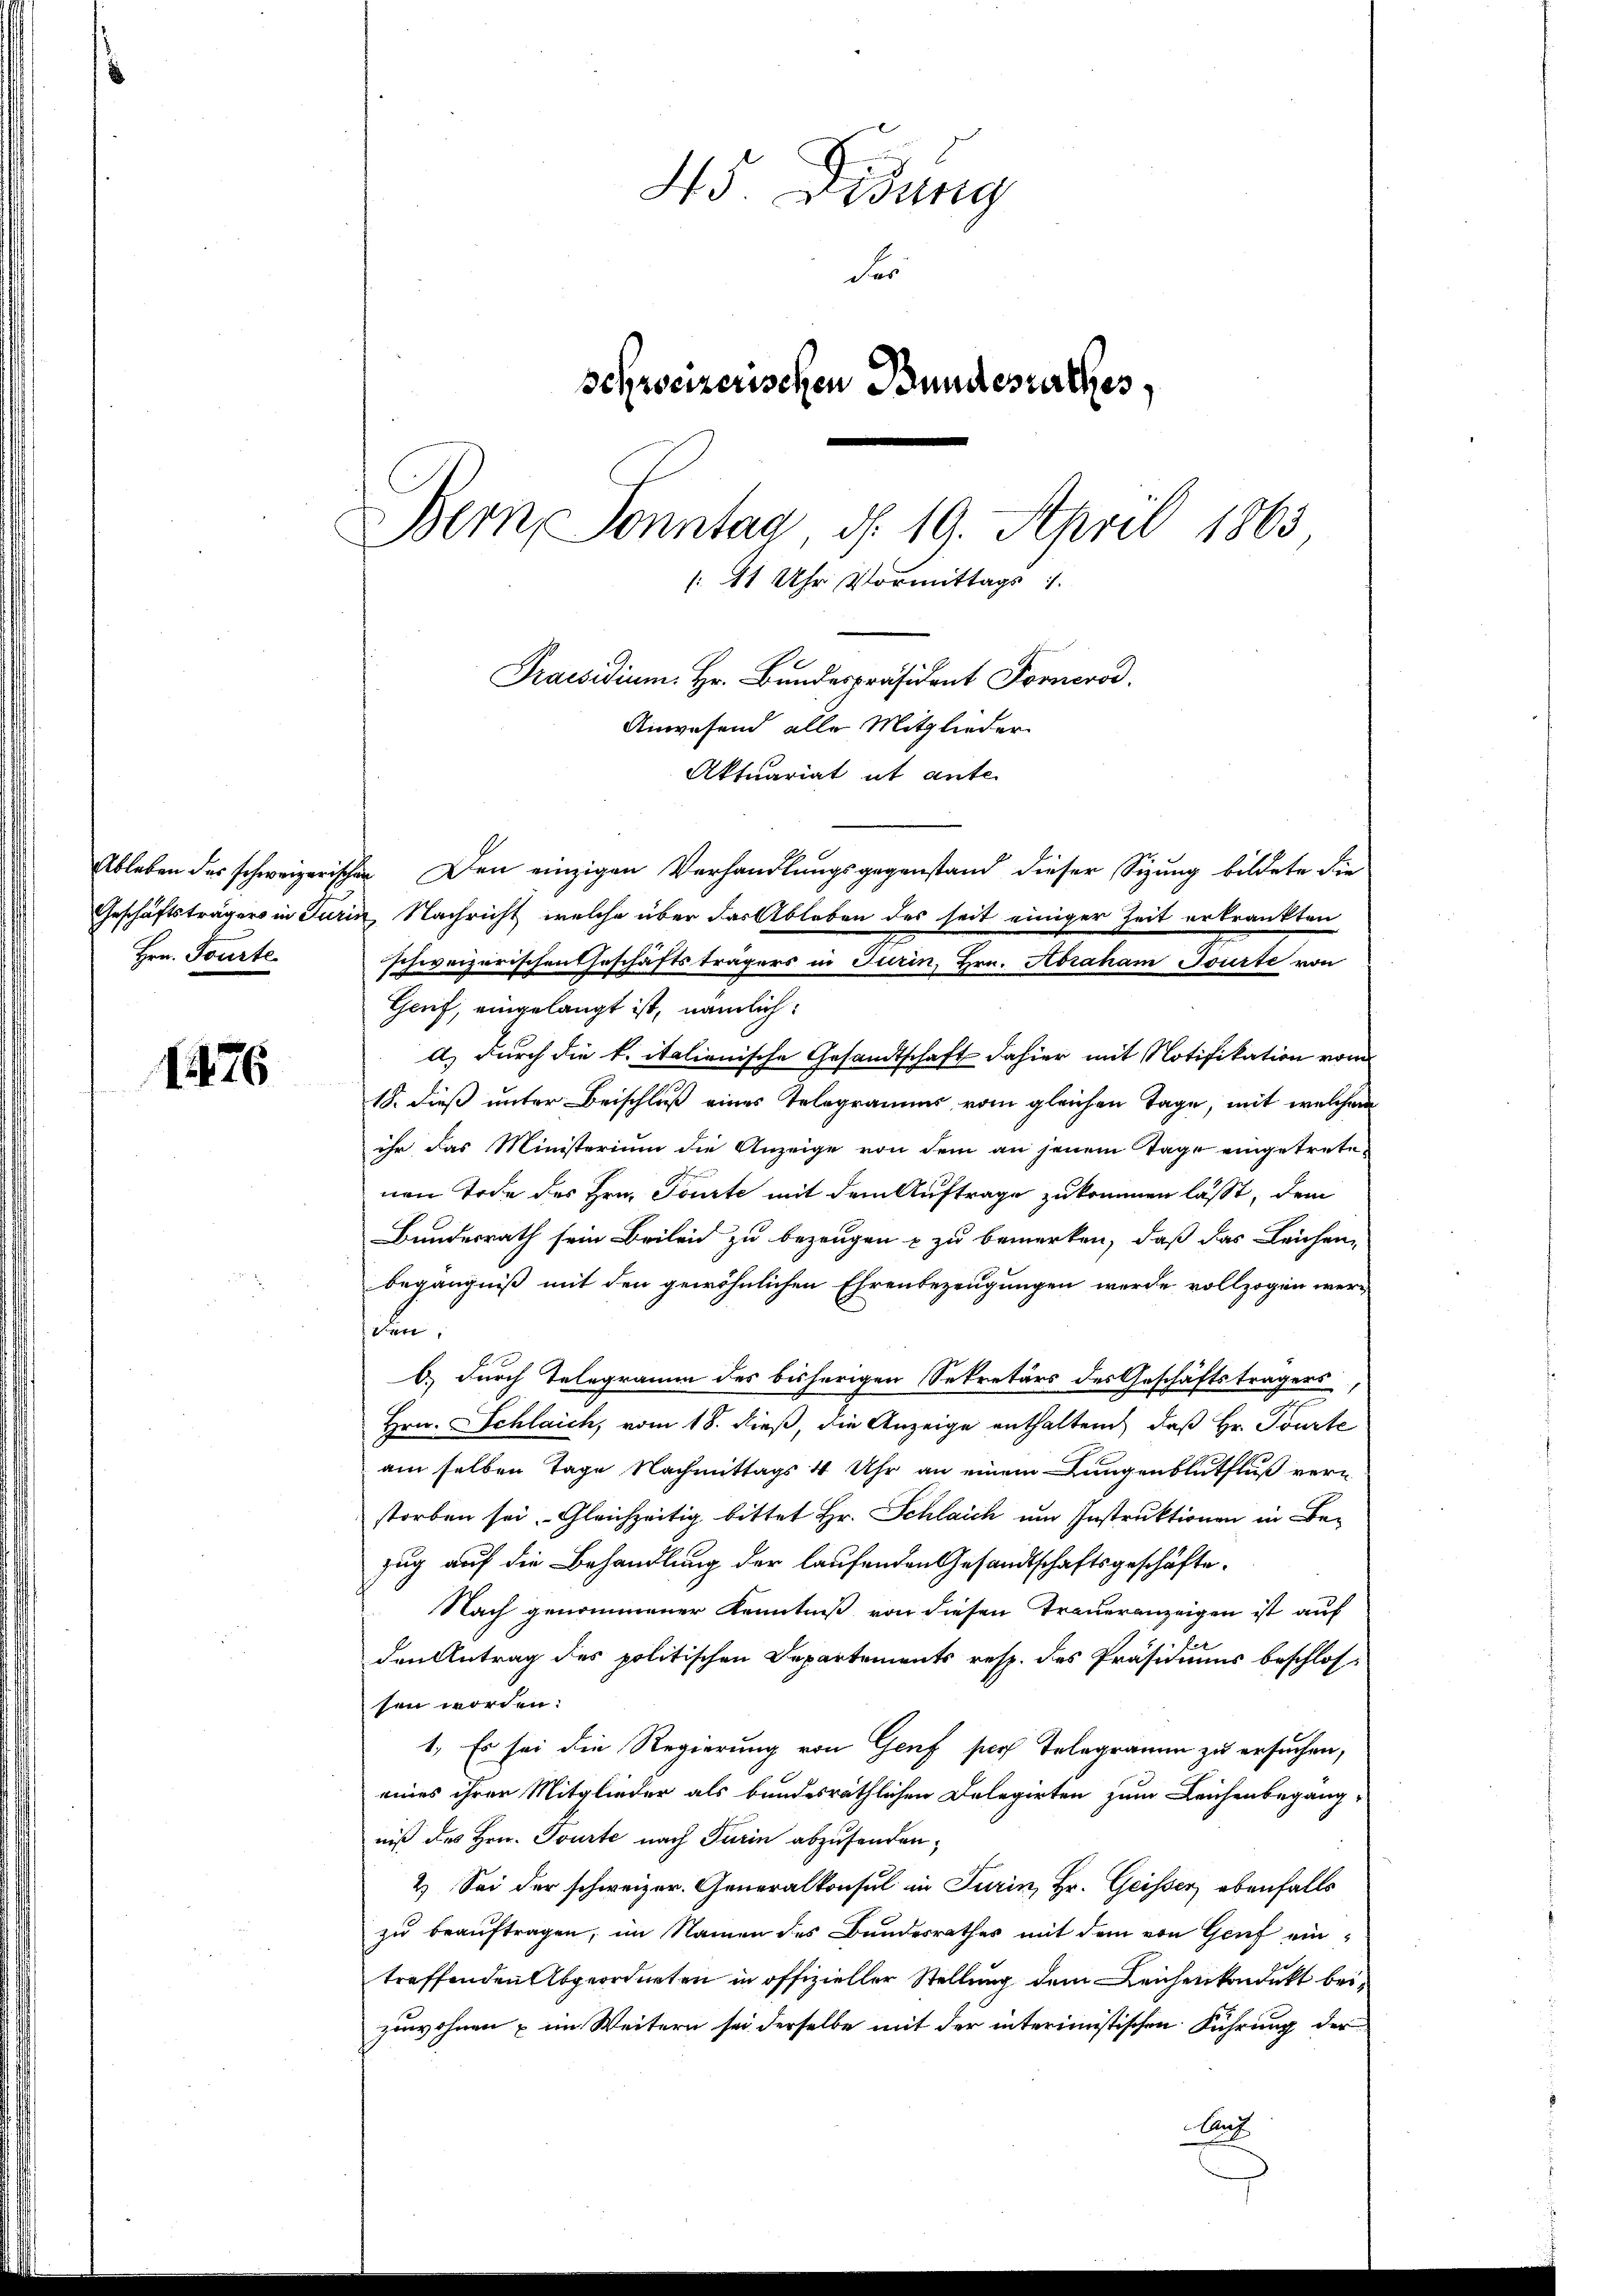
Hrn. Tourte

1476

45. Didung
der
schreizerischen Bundesrathes,
Bern, Sonntag, d. 19. April 1863
 11 Uhr Vormittags 1
Praesidium. Hr. Bundespräsident Fornerod.
Anwesend alle Mitglieder

Aktuariat ut ante

Ableben der schweizerischen Den einzigen Verhandlungsgegenstand dieser Sizung bildete die
Geschäftsträgers in Turin, Nachricht, welche über das Ableben des seit einiger Zeit erkrankten
schweizerischen Eheschäftsträgers in Turin, Hrn. Abraham Jourte von
Genf, eingelangt ist, nämlich:
a) durch die k. italienische Gesandtschaft dahier mit Notifikation vom
18. dieß unter Beischluß eines Telegramms vom gleichen Tage, mit welchem
ihr das Ministerium die Anzeige von dem an jenem Tage eingetretenen Tode des Hrn. Toute mit dem Auftrage zukommen lässt, dem
Bundesrath sein Brileid zu bezeugen & zu bemerken, daß das Leichen,
begängniß mit den gewöhnlichen Ehrenbezeugungen werde vollzogen werden
b) durch Telegramm des bisherigen Sekretärs des Geschäftsträgers
Hrn. Schlaich, vom 18. dieß, die Anzeige enthaltend daß Hr. Tourte
am selben Tage Nachmittags 4 Uhr an einem Lungenblutfluß verstorben sei. Gleichzeitig bittet Hr. Schlaich um Instruktionen in Bezug auf die Behandlung der laufenden Gesandtschaftsgeschäfte
Nach genommener Kenntniß von diesen Traueranzeigen ist auf
den Antrag des politischen Departements resp. des Präsidiums beschlos-
sen worden.
1. Es sei die Regierung von Genf such Telegramm zu ersuchen,
eines ihrer Mitglieder als bundesräthlichen Delegirten zum Leichenbegäng-
niß des Hrn. Tourte nach Turin abzusenden;
2) Sei der schweizer. Generalkonsul in Turin, Hr. Geisser, ebenfalls
zu beauftragen, im Namen des Bundesrathes mit dem von Genf eintreffenden Abgeordneten in offizieller Stellung dem Leichenkondukt beizuwohnen & im Weitern sei derselbe mit der interimistischen Führung der
Auf